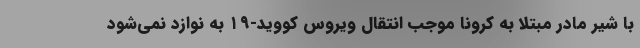
با شیر مادر مبتلا به کرونا موجب انتقال ویروس کووید-۱۹ به نوازد نمی‌شود